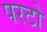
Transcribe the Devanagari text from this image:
परटो